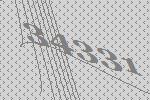
34331